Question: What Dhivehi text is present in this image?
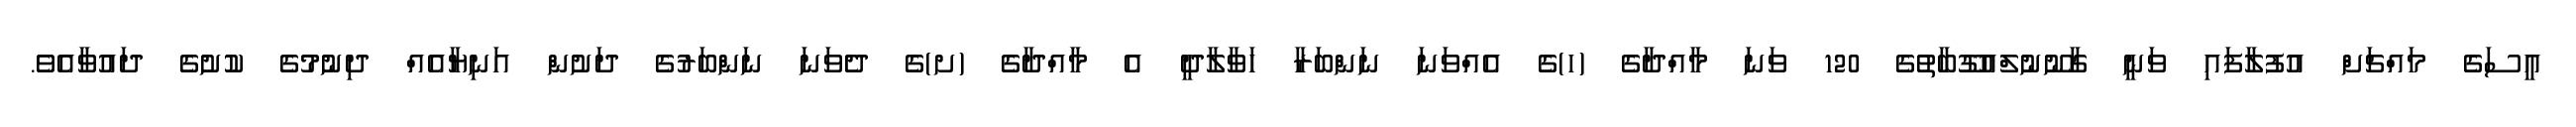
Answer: އީސަގެ މައްޗަށް އުފުލާފައި ވަނީ ގާނޫނުލްއުގޫބާތުގެ 120 ވަނަ މާއްދާގެ (ހ)ގެ އެއްވަނަ ނަންބަރާ ހަވާލާދީ އެ މާއްދާގެ (ށ)ގެ ދެވަނަ ނަންބަރުގެ ދަށުން އަނިޔާއެއް ދިނުމުގެ ކުށުގެ ދައުވާއެވެ.